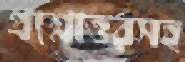
প্রশ্নোত্তরসহ